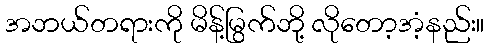
အဘယ်တရားကို မိန့်မြွက်ဘို့ လိုတော့အံ့နည်း။